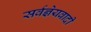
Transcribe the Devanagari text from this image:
सर्वज्ञेयवादी